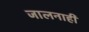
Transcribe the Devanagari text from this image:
जालनाही